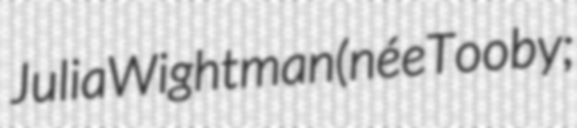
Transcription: Julia Wightman (née Tooby;